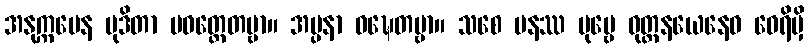
အနုက္ကမေန မုဒိတာ ပဝတ္တေတဗ္ဗာ။ အပ္ပနာ ဝဍ္ဎေတဗ္ဗာ။ သစေ ပနဿ ပုဗ္ဗေ ဝုတ္တနယေနေဝ ဝေရိမှိ